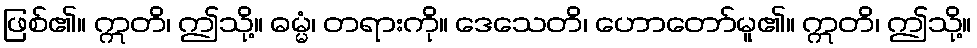
ဖြစ်၏။ ဣတိ၊ ဤသို့။ ဓမ္မံ၊ တရားကို။ ဒေသေတိ၊ ဟောတော်မူ၏။ ဣတိ၊ ဤသို့။